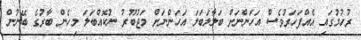
ރުހުމުގައި އެއްފަހަރުވެސް އަހަންނަށް ބަލާލަބަލަ އަހަންނަށް މަޖުބޫރު ނުކޮއްބަލަ މިހެން ބާރުގެ ބޭނުން